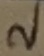
Text: 2